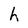
Character: h